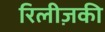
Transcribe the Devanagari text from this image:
रिलीज़की